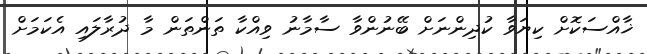
ޚާއްސަކޮށް ކިޔަވާ ކުދިންނަށް ބޭނުންވާ ސާމާނު ވިއްކާ ތަންތަން މާ ދުރާލައި އެކަމަށް